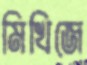
মিখিজে